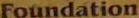
Foundation